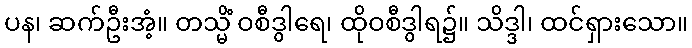
ပန၊ ဆက်ဦးအံ့။ တသ္မိံ ဝစီဒွါရေ၊ ထိုဝစီဒွါရ၌။ သိဒ္ဒါ၊ ထင်ရှားသော။